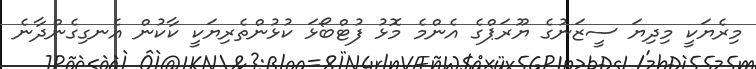
މިރެޔަކީ މިދިޔަ ސީޒަނުގެ ޔޫރަޕްގެ އެންމެ މޮޅު ފުޓްބޯޅަ ކުޅުންތެރިޔަކީ ކާކުން އެނގިގެންދާނެ